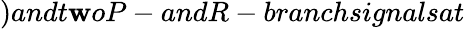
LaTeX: )andt\mathbf{w}oP-andR-branchsignalsat